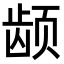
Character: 𬺂